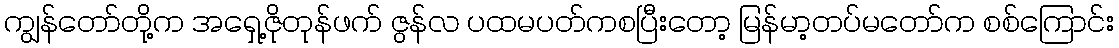
ကျွန်တော်တို့က အရှေ့ဇိုတုန်ဖက် ဇွန်လ ပထမပတ်ကစပြီးတော့ မြန်မာ့တပ်မတော်က စစ်ကြောင်း